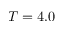
T = 4 . 0